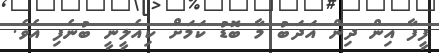
ފީފާ އިން ދިން އަދަބު މާ ބޮޑު ކަމަށް ކިއެލީނީ ބުނެފި އެވެ.